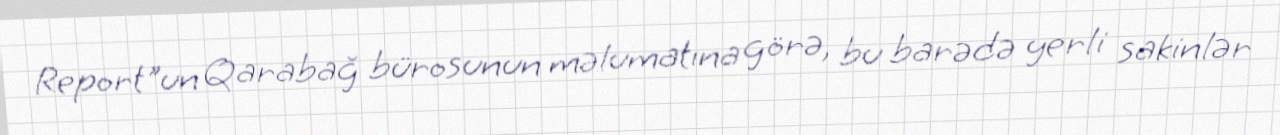
Report"un Qarabağ bürosunun məlumatına görə, bu barədə yerli sakinlər